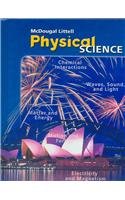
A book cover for McDougal Littell Science: Student Edition Grade 8 Physical Science 2006; MCDOUGAL LITTEL; Business & Money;